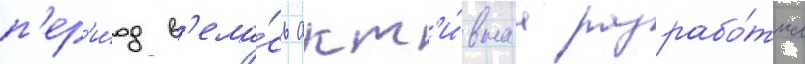
п'ер'и́од в'ела́сь акт'и́внаа разрабо́тка